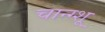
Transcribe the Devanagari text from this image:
चान्ग्शू